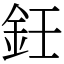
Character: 鈓